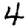
Digit: 4